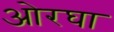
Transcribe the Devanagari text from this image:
ओरघा